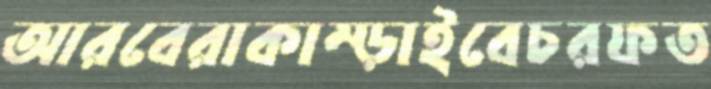
আরবেরাকাম্‌ড়াইবেচরফত